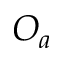
O _ { a }